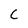
Character: C